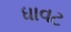
ધાવટ